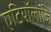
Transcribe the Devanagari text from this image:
एटियॉलॉजि